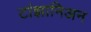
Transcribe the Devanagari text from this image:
टांझानिअन